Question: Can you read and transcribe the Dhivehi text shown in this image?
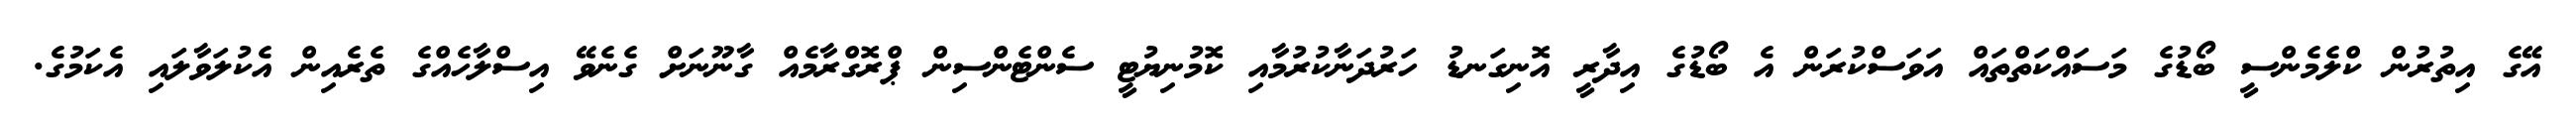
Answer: އޭގެ އިތުރުން ކްލެމެންސީ ބޯޑުގެ މަސައްކަތްތައް އަވަސްކުރަން އެ ބޯޑުގެ އިދާރީ އޮނިގަނޑު ހަރުދަނާކުރުމާއި ކޮމުނިޔުޓީ ސެންޓެންސިން ޕްރޮގްރާމެއް ގާނޫނަށް ގެނެވޭ އިސްލާހެއްގެ ތެރެއިން އެކުލަވާލައި އެކަމުގެ.